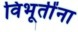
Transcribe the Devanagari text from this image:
विभूतींना